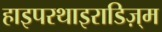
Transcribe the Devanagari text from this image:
हाइपरथाइराडिज़्म